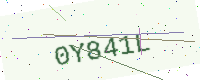
Text: 0Y841L